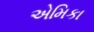
એમિકા